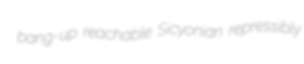
bang-up reachable Sicyonian repressibly